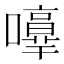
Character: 𡃥